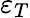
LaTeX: \varepsilon_{T}